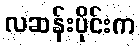
လဆန်းပိုင်းက